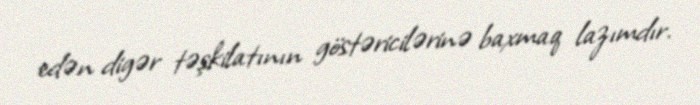
edən digər təşkilatının göstəricilərinə baxmaq lazımdır.